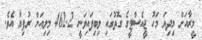
މީރާއަށް މިދިޔަ މަހު ޖީއެސްޓީގެ ގޮތުގައި ލިބިފައިވަނީ 462.2 މިލިއަން ރުފިޔާ އެވެ.